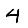
Digit: 4